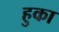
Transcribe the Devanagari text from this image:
हुका